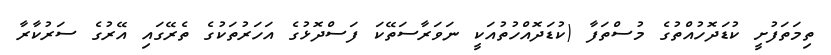
ތިމަތަފުށީ ކުޑަދޮހުއްތުގެ މުސްތަފާ (ކުޑަދޮއްހުތުއަކީ ނަވަރާސަތޭކަ ފަސްދޮޅުގެ އަހަރުތަކުގެ ތެރޭގައި އޭރުގެ ސަރުކާރާ